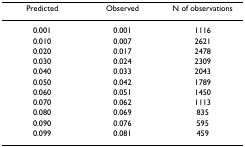
| Predicted | Observed | N of observations |
 | --- | --- | --- |
 | 0.001 | 0.001 | 1116 |
 | 0.010 | 0.007 | 2621 |
 | 0.020 | 0.017 | 2478 |
 | 0.030 | 0.024 | 2309 |
 | 0.040 | 0.033 | 2043 |
 | 0.050 | 0.042 | 1789 |
 | 0.060 | 0.051 | 1450 |
 | 0.070 | 0.062 | 1113 |
 | 0.080 | 0.069 | 835 |
 | 0.090 | 0.076 | 595 |
 | 0.099 | 0.081 | 459 |